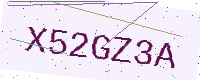
Text: X52GZ3A